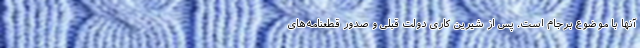
آنها با موضوع برجام است. پس از شیرین کاری دولت قبلی و صدور قطعنامه‌های